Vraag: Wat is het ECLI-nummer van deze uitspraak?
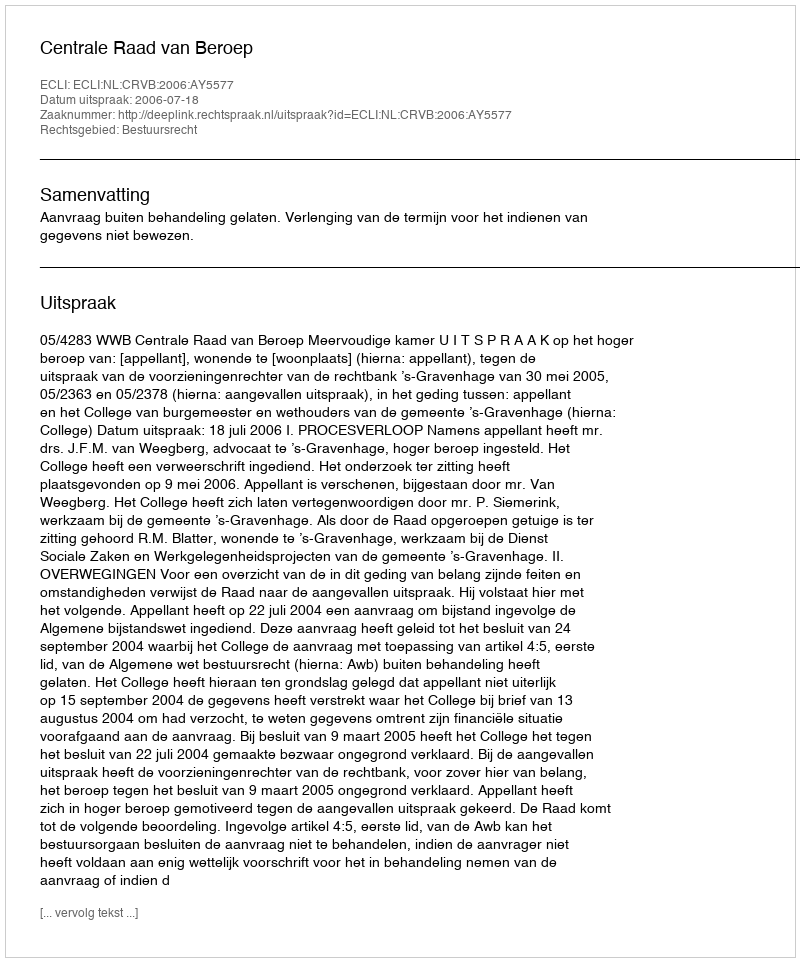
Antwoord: ECLI:NL:CRVB:2006:AY5577